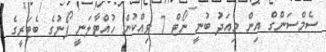
ސެމްސަންގް އިން މިއަދު ބުނީ ނޯޓް 7 ވިއްކުން ހުއްޓާލަނީ ފޯނުގެ ބެޓަރީގެ